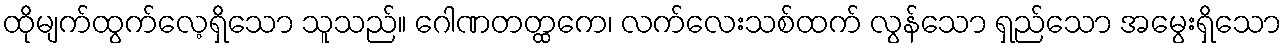
ထိုမျက်ထွက်လေ့ရှိသော သူသည်။ ဂေါဏတတ္ထကေ၊ လက်လေးသစ်ထက် လွန်သော ရှည်သော အမွေးရှိသော